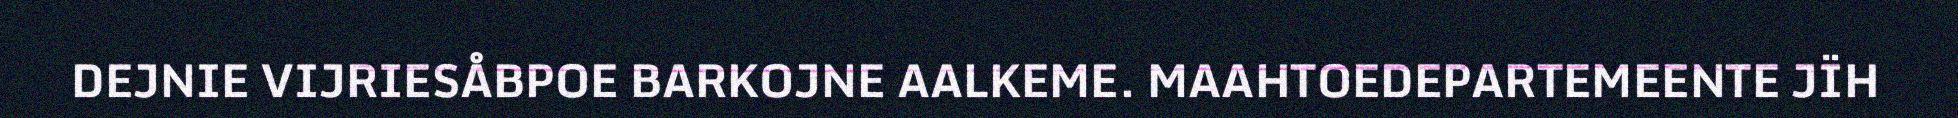
DEJNIE VIJRIESÅBPOE BARKOJNE AALKEME. MAAHTOEDEPARTEMEENTE JÏH